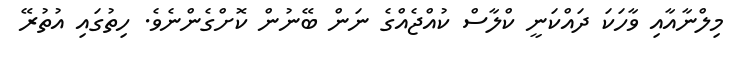
މިލްނާއާއި ވާހަކަ ދައްކަނީ ކްލާސް ކުއްޖެއްގެ ނަން ބޭނުން ކޮށްގެންނެވެ. ހިތުގައި އުތުރޭ